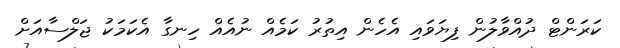
ކަރަންޓް ދުއްވާލުން ފިޔަވައި އެހެން އިތުރު ކަމެއް ނުއެއް ހިނގާ އެކަމަކު ޖަލްސާއަށް